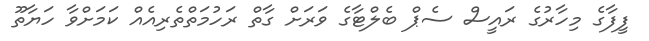
ފީފާގެ މިހާރުގެ ރައީސް ސެޕް ބެލްޓާގެ ވަރަށް ގާތް ރަހުމަތްތެރިއެއް ކަމަށްވާ ހަޔާތޫ